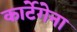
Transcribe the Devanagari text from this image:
कार्टेगेना